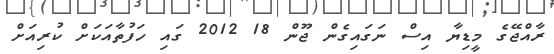
ރާއްޖޭގެ މީޑިޔާ އިސް ނަގައިގެން ޖޫން 18 2012 ގައި ހަފުތާއަކަށް ކުރިއަށް